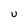
Character: U